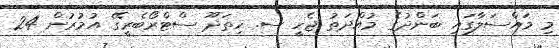
މި މައްސަލާގައި ބަންދުގެ މުއްދަތު ޖެހީ ސ. ހިތަދޫ ސްޓްރޯބެރީގޭ އުމުރުން 24